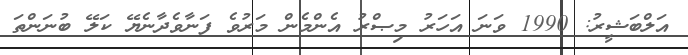
އަލްބަޝީރު: 1990 ވަނަ އަހަރު މިޞްރު އެންމެން މަރުވެ ފަނާވެދާނެޔޭ ކަލޭ ބުނަންތަ